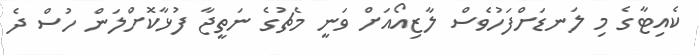
ކެއިޓާގެ މި ލަނޑަށްފަހުވެސް ލާޒިއޯއަށް ވަނީ މެޗުގެ ނަތީޖާ ފުޅާކޮށްލަން ހުސް ދެ